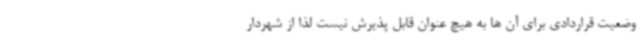
وضعیت قراردادی برای آن ها به هیچ عنوان قابل پذیرش نیست لذا از شهردار